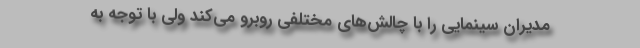
مدیران سینمایی را با چالش‌های مختلفی روبرو می‌کند ولی با توجه به